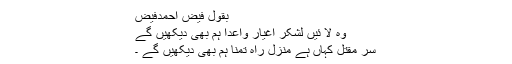
بقول فیض احمدفیض
وہ لا ئیں لشکر اغیار واعدا ہم بھی دیکھیں گے
سر مقتل کہاں ہے منزل راہ تمنا ہم بھی دیکھیں گے ۔